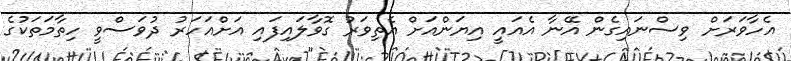
އެހާވަރަށް ވިސްނައިގެން އޭނާ އެއައީ އިޔަންއަށް އެތިވަރު ގޮވާލައިފައި އަށްއަހަރު ދުވަސްވީ ހިތާމަތަކުގެ